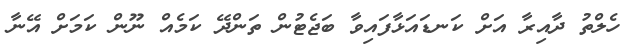
ހެލްތު ދާއިރާ އަށް ކަނޑައަޅާފައިވާ ބަޖެޓުން ތަންދޭ ކަމެއް ނޫން ކަމަށް އޭނާ